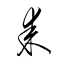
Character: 耒